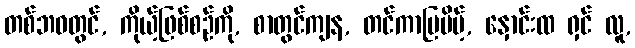
တစ်ဘဝတွင်, ကိုယ့်ဖြစ်စဉ်ကို, စာတွင်ကျန, တင်ကာပြပိမ့်, နှောင်းထ ရှင် လူ,